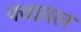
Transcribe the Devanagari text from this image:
फ्वायल